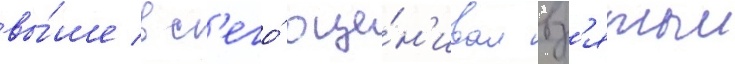
вы́ше вс'его́ оце́н'ивал вз'ятыи